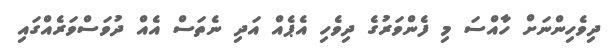
ދިވެހިންނަށް ހާއްސަ މި ފެންވަރުގެ ދިވެހި އެޕެއް އަދި ނެތަސް އެއް ދުވަސްވަރެއްގައި